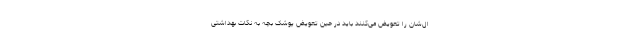
ال‌شان را تعویض می‌کنند باید در حین تعویض پوشک بچه به نکات بهداشتی